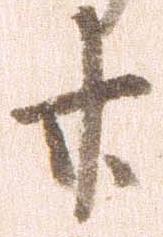
廿